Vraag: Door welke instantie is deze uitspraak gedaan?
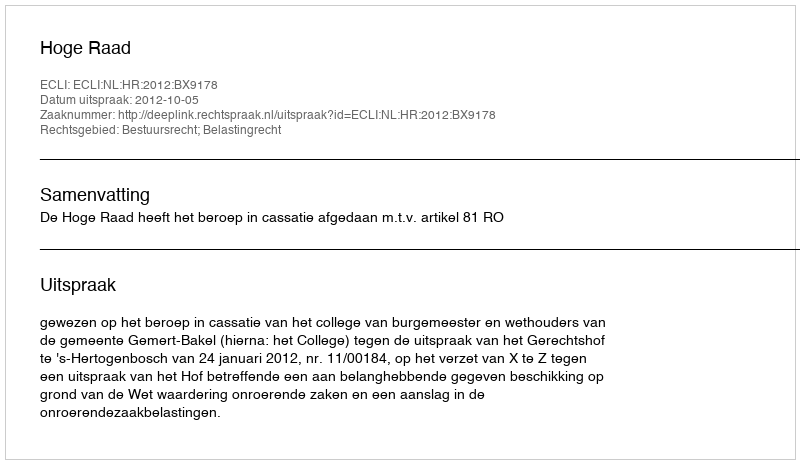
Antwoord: Hoge Raad